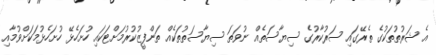
އެ ޝަރުތުތަކުގެ ތެރޭގައި ސަރުކާރުގެ ސިޔާސަތެއް ނުވަތަ ސިޔާސަތުތަކެއް ތަންފީޒުކުރުމަށްޓަކައި ހުށަހެޅޭ ހުށަހެޅުމަކަށްވުމާއި